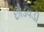
છોડવડી